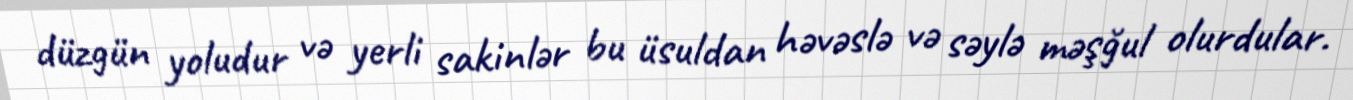
düzgün yoludur və yerli sakinlər bu üsuldan həvəslə və səylə məşğul olurdular.